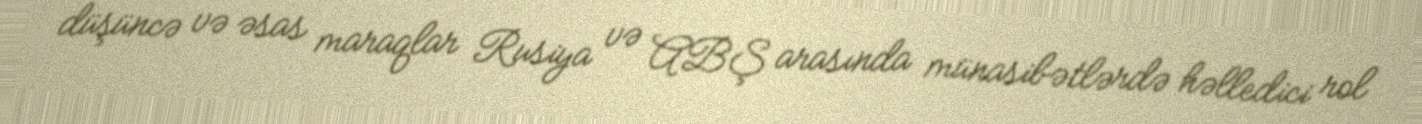
düşüncə və əsas maraqlar Rusiya və ABŞ arasında münasibətlərdə həlledici rol